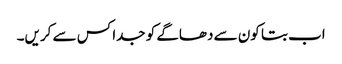
اب بتا کون سے دھاگے کو جدا کس سے کریں۔